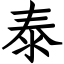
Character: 泰